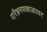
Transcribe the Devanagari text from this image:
परिभ्रमणकाळावर